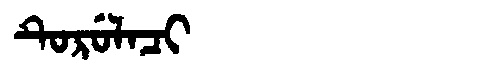
Manchu: ᡨᡠᡵᡠᠯᠠᠴᡳ
Romanization: TURULACI